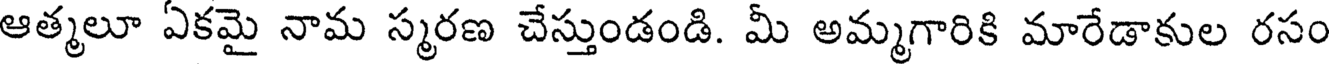
ఆత్మలూ ఏకమై నామ స్మరణ చేస్తుండండి. మీ అమ్మగారికి మారేడాకుల రసం